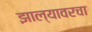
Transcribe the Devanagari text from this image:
झाल्यावरचा